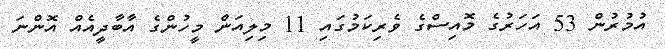
އުމުރުން 53 އަހަރުގެ މޮއިސްގެ ވެރިކަމުގައި 11 މިލިއަން މީހުންގެ އާބާދީއެއް އޮންނަ